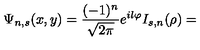
\Psi _ { n , s } ( x , y ) = \frac { ( - 1 ) ^ { n } } { \sqrt { 2 \pi } } e ^ { i l \varphi } I _ { s , n } ( \rho ) =